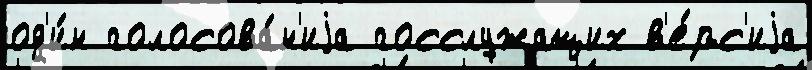
од'и́н голосова́н'иjа госслужащих в'е́рс'иjа